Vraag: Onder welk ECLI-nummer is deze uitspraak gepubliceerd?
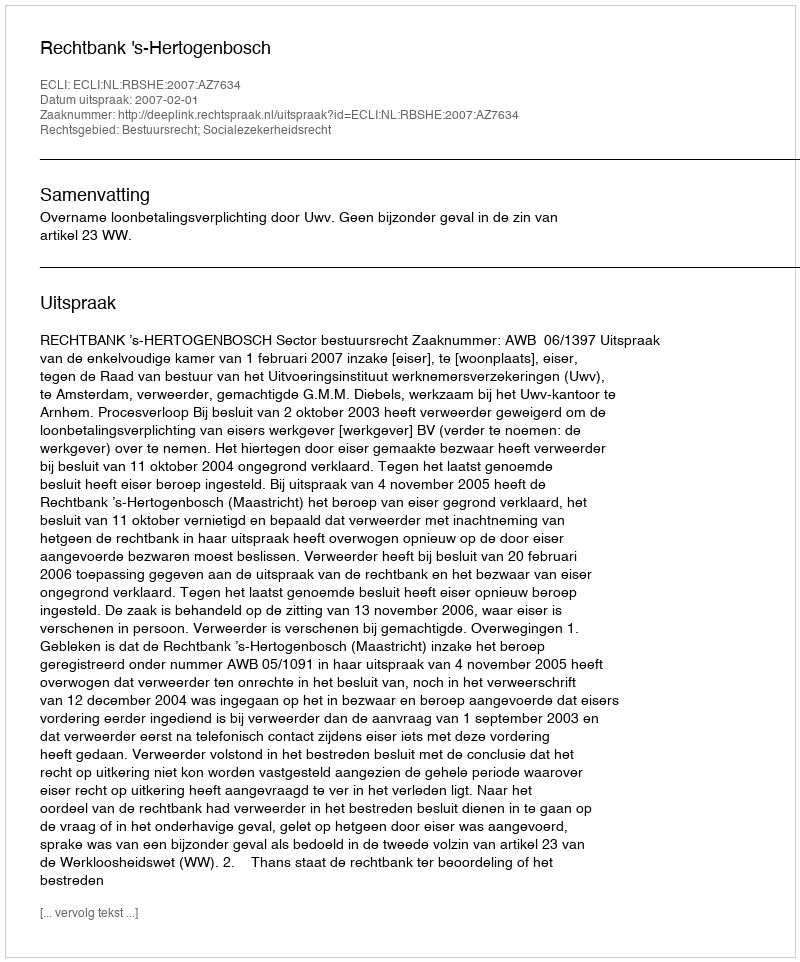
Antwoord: ECLI:NL:RBSHE:2007:AZ7634